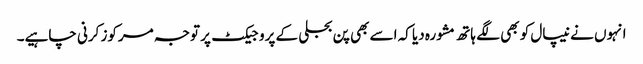
انہوں نے نیپال کو بھی لگے ہاتھ مشورہ دیا کہ اسے بھی پن بجلی کے پروجیکٹ پر توجہ مرکوز کرنی چاہیے۔